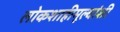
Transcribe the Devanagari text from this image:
लोकशाहीमूल्यांशी